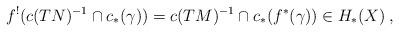
LaTeX: \begin{align*} f^!(c(TN)^{-1} \cap c_*(\gamma)) = c(TM)^{-1} \cap c_*(f^*(\gamma)) \in H_*(X)\:,\end{align*}